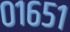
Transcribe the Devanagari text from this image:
०१६५१